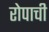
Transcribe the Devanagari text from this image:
रोपाची